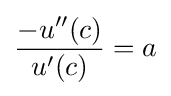
{\frac {-u''(c)}{u'(c)}}=a